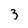
Character: 3